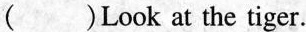
( )Look at the tiger.